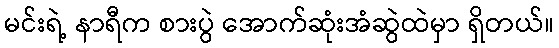
မင်းရဲ့ နာရီက စားပွဲ အောက်ဆုံးအံဆွဲထဲမှာ ရှိတယ်။